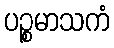
ပဉ္စမာသကံ